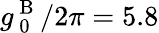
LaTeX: g_{\mathrm{~0~}}^{\mathrm{~B~}}/2\pi=5.8